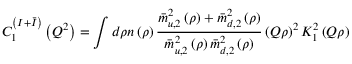
C _ { 1 } ^ { \left( I + \bar { I } \right) } \left( Q ^ { 2 } \right) = \int d \rho n \left( \rho \right) \frac { \bar { m } _ { u , 2 } ^ { 2 } \left( \rho \right) + \bar { m } _ { d , 2 } ^ { 2 } \left( \rho \right) } { \bar { m } _ { u , 2 } ^ { 2 } \left( \rho \right) \bar { m } _ { d , 2 } ^ { 2 } \left( \rho \right) } \left( Q \rho \right) ^ { 2 } K _ { 1 } ^ { 2 } \left( Q \rho \right)